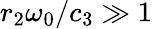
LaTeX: r_{2}\omega_{0}/c_{3}\gg 1